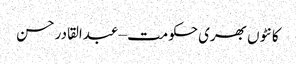
کانٹوں بھری حکومت – عبدالقادر حسن